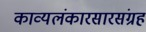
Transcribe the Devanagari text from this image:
काव्यलंकारसारसंग्रह